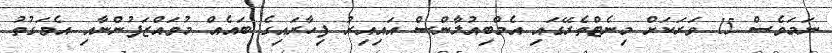
ނަމަވެސް 15 ވަރަކަށް މިނެޓްތެރޭގައި އެމްބިއުލާންސް އައިއިރު ފިހާރައިގެ ބައެއް މުވައްޒަފުންނާއި އެވަގުތު